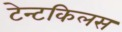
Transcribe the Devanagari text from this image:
टेन्टकिलस